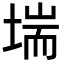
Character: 㙐